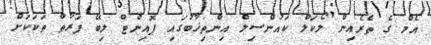
އެމް ގެ ތެރެއިން ލޯކަލް ކައުންސިލް އިންތިޚާބުގައި ޕޮއިންޓް ލިބޭ ފަރާތް ތަކަކަށް